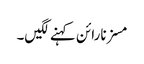
مسز نارائن کہنے لگیں۔